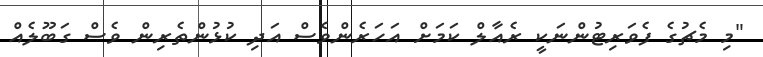
"މި މެޗުގެ ފެވަރިޓުންނަކީ ރެއާލް ކަމަށް އަހަރެންވެސް އަދި ކުޅުންތެރިން ވެސް ގަބޫލެއް